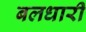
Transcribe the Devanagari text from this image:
बलधारी